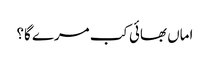
اماں بھائی کب مرے گا؟